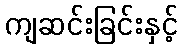
ကျဆင်းခြင်းနှင့်